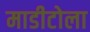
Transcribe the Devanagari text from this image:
माडीटोला